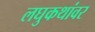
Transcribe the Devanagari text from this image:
लघुकथांवर